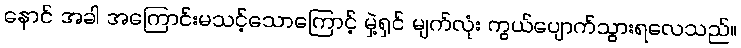
နောင် အခါ အကြောင်းမသင့်သောကြောင့် မှဲ့ရှင် မျက်လုံး ကွယ်ပျောက်သွားရလေသည်။